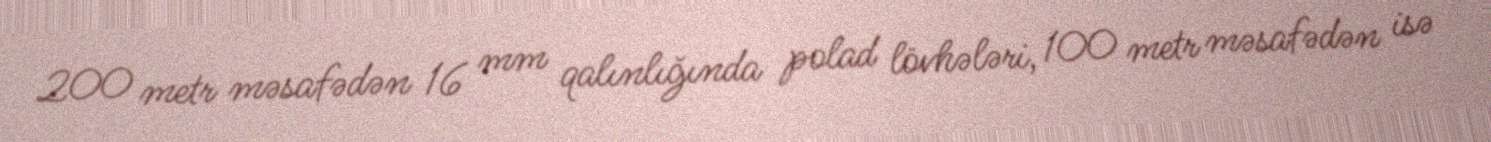
200 metr məsafədən 16 mm qalınlığında polad lövhələri, 100 metr məsafədən isə